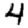
Digit: 4